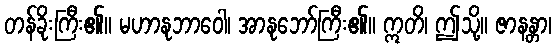
တန်ခိုးကြီး၏။ မဟာနုဘာဝေါ၊ အာနုဘော်ကြီး၏။ ဣတိ၊ ဤသို့။ ဇာနန္တာ၊